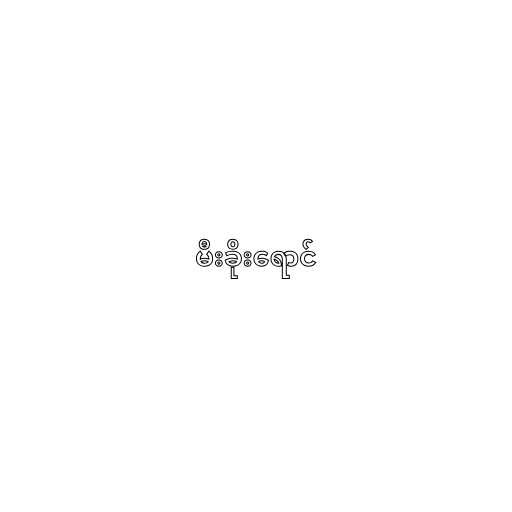
မီးခိုးရောင်